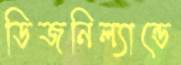
ডিজনিল্যান্ডে